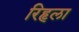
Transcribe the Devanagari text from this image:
रिहृला